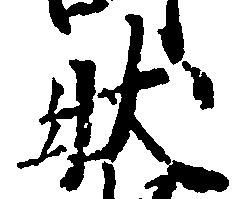
状